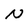
Character: N